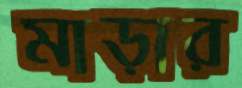
মাড়ার